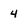
Character: 4